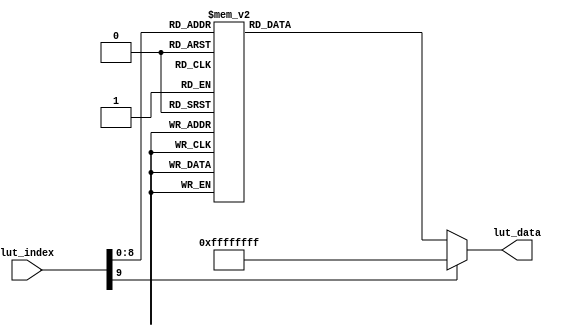


module lut_ov5640_rgb565_1024_768(
	input[9:0]             lut_index,   //Look-up table address
	output reg[31:0]       lut_data     //Device address (8bit I2C address), register address, register data
);

//ov5640
always@(*)
begin
	case(lut_index)			  
		10'd  0: lut_data <= {8'h78 , 24'h310311};// system clock from pad, bit[1]
		10'd  1: lut_data <= {8'h78 , 24'h300882};// software reset, bit[7]// delay 5ms 
		10'd  2: lut_data <= {8'h78 , 24'h300842};// software power down, bit[6]
		10'd  3: lut_data <= {8'h78 , 24'h310303};// system clock from PLL, bit[1]
		10'd  4: lut_data <= {8'h78 , 24'h3017ff};// FREX, Vsync, HREF, PCLK, D[9:6] output enable
		10'd  5: lut_data <= {8'h78 , 24'h3018ff};// D[5:0], GPIO[1:0] output enable
		10'd  6: lut_data <= {8'h78 , 24'h30341A};// MIPI 10-bit
		10'd  7: lut_data <= {8'h78 , 24'h303713};// PLL root divider, bit[4], PLL pre-divider, bit[3:0]
		10'd  8: lut_data <= {8'h78 , 24'h310801};// PCLK root divider, bit[5:4], SCLK2x root divider, bit[3:2] // SCLK root divider, bit[1:0] 
		10'd  9: lut_data <= {8'h78 , 24'h363036};
		10'd 10: lut_data <= {8'h78 , 24'h36310e};
		10'd 11: lut_data <= {8'h78 , 24'h3632e2};
		10'd 12: lut_data <= {8'h78 , 24'h363312};
		10'd 13: lut_data <= {8'h78 , 24'h3621e0};
		10'd 14: lut_data <= {8'h78 , 24'h3704a0};
		10'd 15: lut_data <= {8'h78 , 24'h37035a};
		10'd 16: lut_data <= {8'h78 , 24'h371578};
		10'd 17: lut_data <= {8'h78 , 24'h371701};
		10'd 18: lut_data <= {8'h78 , 24'h370b60};
		10'd 19: lut_data <= {8'h78 , 24'h37051a};
		10'd 20: lut_data <= {8'h78 , 24'h390502};
		10'd 21: lut_data <= {8'h78 , 24'h390610};
		10'd 22: lut_data <= {8'h78 , 24'h39010a};
		10'd 23: lut_data <= {8'h78 , 24'h373112};
		10'd 24: lut_data <= {8'h78 , 24'h360008};// VCM control
		10'd 25: lut_data <= {8'h78 , 24'h360133};// VCM control
		10'd 26: lut_data <= {8'h78 , 24'h302d60};// system control
		10'd 27: lut_data <= {8'h78 , 24'h362052};
		10'd 28: lut_data <= {8'h78 , 24'h371b20};
		10'd 29: lut_data <= {8'h78 , 24'h471c50};
		10'd 30: lut_data <= {8'h78 , 24'h3a1343};// pre-gain = 1.047x
		10'd 31: lut_data <= {8'h78 , 24'h3a1800};// gain ceiling
		10'd 32: lut_data <= {8'h78 , 24'h3a19f8};// gain ceiling = 15.5x
		10'd 33: lut_data <= {8'h78 , 24'h363513};
		10'd 34: lut_data <= {8'h78 , 24'h363603};
		10'd 35: lut_data <= {8'h78 , 24'h363440};
		10'd 36: lut_data <= {8'h78 , 24'h362201}; // 50/60Hz detection     50/60Hz 
		10'd 37: lut_data <= {8'h78 , 24'h3c0134};// Band auto, bit[7]
		10'd 38: lut_data <= {8'h78 , 24'h3c0428};// threshold low sum	 
		10'd 39: lut_data <= {8'h78 , 24'h3c0598};// threshold high sum
		10'd 40: lut_data <= {8'h78 , 24'h3c0600};// light meter 1 threshold[15:8]
		10'd 41: lut_data <= {8'h78 , 24'h3c0708};// light meter 1 threshold[7:0]
		10'd 42: lut_data <= {8'h78 , 24'h3c0800};// light meter 2 threshold[15:8]
		10'd 43: lut_data <= {8'h78 , 24'h3c091c};// light meter 2 threshold[7:0]
		10'd 44: lut_data <= {8'h78 , 24'h3c0a9c};// sample number[15:8]
		10'd 45: lut_data <= {8'h78 , 24'h3c0b40};// sample number[7:0]
		10'd 46: lut_data <= {8'h78 , 24'h381000};// Timing Hoffset[11:8]
		10'd 47: lut_data <= {8'h78 , 24'h381110};// Timing Hoffset[7:0]
		10'd 48: lut_data <= {8'h78 , 24'h381200};// Timing Voffset[10:8] 
		10'd 49: lut_data <= {8'h78 , 24'h370864};
		10'd 50: lut_data <= {8'h78 , 24'h400102};// BLC start from line 2
		10'd 51: lut_data <= {8'h78 , 24'h40051a};// BLC always update
		10'd 52: lut_data <= {8'h78 , 24'h300000};// enable blocks
		10'd 53: lut_data <= {8'h78 , 24'h3004ff};// enable clocks 
		10'd 54: lut_data <= {8'h78 , 24'h300e58};// MIPI power down, DVP enable
		10'd 55: lut_data <= {8'h78 , 24'h302e00};
		10'd 56: lut_data <= {8'h78 , 24'h430060};// RGB565
		10'd 57: lut_data <= {8'h78 , 24'h501f01};// ISP RGB 
		10'd 58: lut_data <= {8'h78 , 24'h440e00};
		10'd 59: lut_data <= {8'h78 , 24'h5000a7}; // Lenc on, raw gamma on, BPC on, WPC on, CIP on // AEC target    
		10'd 60: lut_data <= {8'h78 , 24'h3a0f30};// stable range in high
		10'd 61: lut_data <= {8'h78 , 24'h3a1028};// stable range in low
		10'd 62: lut_data <= {8'h78 , 24'h3a1b30};// stable range out high
		10'd 63: lut_data <= {8'h78 , 24'h3a1e26};// stable range out low
		10'd 64: lut_data <= {8'h78 , 24'h3a1160};// fast zone high
		10'd 65: lut_data <= {8'h78 , 24'h3a1f14};// fast zone low// Lens correction for ?   
		10'd 66: lut_data <= {8'h78 , 24'h580023};
		10'd 67: lut_data <= {8'h78 , 24'h580114};
		10'd 68: lut_data <= {8'h78 , 24'h58020f};
		10'd 69: lut_data <= {8'h78 , 24'h58030f};
		10'd 70: lut_data <= {8'h78 , 24'h580412};
		10'd 71: lut_data <= {8'h78 , 24'h580526};
		10'd 72: lut_data <= {8'h78 , 24'h58060c};
		10'd 73: lut_data <= {8'h78 , 24'h580708};
		10'd 74: lut_data <= {8'h78 , 24'h580805};
		10'd 75: lut_data <= {8'h78 , 24'h580905};
		10'd 76: lut_data <= {8'h78 , 24'h580a08};
		10'd 77: lut_data <= {8'h78 , 24'h580b0d};
		10'd 78: lut_data <= {8'h78 , 24'h580c08};
		10'd 79: lut_data <= {8'h78 , 24'h580d03};
		10'd 80: lut_data <= {8'h78 , 24'h580e00};
		10'd 81: lut_data <= {8'h78 , 24'h580f00};
		10'd 82: lut_data <= {8'h78 , 24'h581003};
		10'd 83: lut_data <= {8'h78 , 24'h581109};
		10'd 84: lut_data <= {8'h78 , 24'h581207};
		10'd 85: lut_data <= {8'h78 , 24'h581303};
		10'd 86: lut_data <= {8'h78 , 24'h581400};
		10'd 87: lut_data <= {8'h78 , 24'h581501};
		10'd 88: lut_data <= {8'h78 , 24'h581603};
		10'd 89: lut_data <= {8'h78 , 24'h581708};
		10'd 90: lut_data <= {8'h78 , 24'h58180d};
		10'd 91: lut_data <= {8'h78 , 24'h581908};
		10'd 92: lut_data <= {8'h78 , 24'h581a05};
		10'd 93: lut_data <= {8'h78 , 24'h581b06};
		10'd 94: lut_data <= {8'h78 , 24'h581c08};
		10'd 95: lut_data <= {8'h78 , 24'h581d0e};
		10'd 96: lut_data <= {8'h78 , 24'h581e29};
		10'd 97: lut_data <= {8'h78 , 24'h581f17};
		10'd 98: lut_data <= {8'h78 , 24'h582011};
		10'd 99: lut_data <= {8'h78 , 24'h582111};
		10'd100: lut_data <= {8'h78 , 24'h582215};
		10'd101: lut_data <= {8'h78 , 24'h582328};
		10'd102: lut_data <= {8'h78 , 24'h582446};
		10'd103: lut_data <= {8'h78 , 24'h582526};
		10'd104: lut_data <= {8'h78 , 24'h582608};
		10'd105: lut_data <= {8'h78 , 24'h582726};
		10'd106: lut_data <= {8'h78 , 24'h582864};
		10'd107: lut_data <= {8'h78 , 24'h582926};
		10'd108: lut_data <= {8'h78 , 24'h582a24};
		10'd109: lut_data <= {8'h78 , 24'h582b22};
		10'd110: lut_data <= {8'h78 , 24'h582c24};
		10'd111: lut_data <= {8'h78 , 24'h582d24};
		10'd112: lut_data <= {8'h78 , 24'h582e06};
		10'd113: lut_data <= {8'h78 , 24'h582f22};
		10'd114: lut_data <= {8'h78 , 24'h583040};
		10'd115: lut_data <= {8'h78 , 24'h583142};
		10'd116: lut_data <= {8'h78 , 24'h583224};
		10'd117: lut_data <= {8'h78 , 24'h583326};
		10'd118: lut_data <= {8'h78 , 24'h583424};
		10'd119: lut_data <= {8'h78 , 24'h583522};
		10'd120: lut_data <= {8'h78 , 24'h583622};
		10'd121: lut_data <= {8'h78 , 24'h583726};
		10'd122: lut_data <= {8'h78 , 24'h583844};
		10'd123: lut_data <= {8'h78 , 24'h583924};
		10'd124: lut_data <= {8'h78 , 24'h583a26};
		10'd125: lut_data <= {8'h78 , 24'h583b28};
		10'd126: lut_data <= {8'h78 , 24'h583c42};
		10'd127: lut_data <= {8'h78 , 24'h583dce};// lenc BR offset // AWB   
		10'd128: lut_data <= {8'h78 , 24'h5180ff};// AWB B block
		10'd129: lut_data <= {8'h78 , 24'h5181f2};// AWB control 
		10'd130: lut_data <= {8'h78 , 24'h518200};// [7:4] max local counter, [3:0] max fast counter
		10'd131: lut_data <= {8'h78 , 24'h518314};// AWB advanced 
		10'd132: lut_data <= {8'h78 , 24'h518425};
		10'd133: lut_data <= {8'h78 , 24'h518524};
		10'd134: lut_data <= {8'h78 , 24'h518609};
		10'd135: lut_data <= {8'h78 , 24'h518709};
		10'd136: lut_data <= {8'h78 , 24'h518809};
		10'd137: lut_data <= {8'h78 , 24'h518975};
		10'd138: lut_data <= {8'h78 , 24'h518a54};
		10'd139: lut_data <= {8'h78 , 24'h518be0};
		10'd140: lut_data <= {8'h78 , 24'h518cb2};
		10'd141: lut_data <= {8'h78 , 24'h518d42};
		10'd142: lut_data <= {8'h78 , 24'h518e3d};
		10'd143: lut_data <= {8'h78 , 24'h518f56};
		10'd144: lut_data <= {8'h78 , 24'h519046};
		10'd145: lut_data <= {8'h78 , 24'h5191f8};// AWB top limit
		10'd146: lut_data <= {8'h78 , 24'h519204};// AWB bottom limit
		10'd147: lut_data <= {8'h78 , 24'h519370};// red limit
		10'd148: lut_data <= {8'h78 , 24'h5194f0};// green limit
		10'd149: lut_data <= {8'h78 , 24'h5195f0};// blue limit
		10'd150: lut_data <= {8'h78 , 24'h519603};// AWB control
		10'd151: lut_data <= {8'h78 , 24'h519701};// local limit 
		10'd152: lut_data <= {8'h78 , 24'h519804};
		10'd153: lut_data <= {8'h78 , 24'h519912};
		10'd154: lut_data <= {8'h78 , 24'h519a04};
		10'd155: lut_data <= {8'h78 , 24'h519b00};
		10'd156: lut_data <= {8'h78 , 24'h519c06};
		10'd157: lut_data <= {8'h78 , 24'h519d82};
		10'd158: lut_data <= {8'h78 , 24'h519e38};// AWB control // Gamma    
		10'd159: lut_data <= {8'h78 , 24'h548001};// Gamma bias plus on, bit[0] 
		10'd160: lut_data <= {8'h78 , 24'h548108};
		10'd161: lut_data <= {8'h78 , 24'h548214};
		10'd162: lut_data <= {8'h78 , 24'h548328};
		10'd163: lut_data <= {8'h78 , 24'h548451};
		10'd164: lut_data <= {8'h78 , 24'h548565};
		10'd165: lut_data <= {8'h78 , 24'h548671};
		10'd166: lut_data <= {8'h78 , 24'h54877d};
		10'd167: lut_data <= {8'h78 , 24'h548887};
		10'd168: lut_data <= {8'h78 , 24'h548991};
		10'd169: lut_data <= {8'h78 , 24'h548a9a};
		10'd170: lut_data <= {8'h78 , 24'h548baa};
		10'd171: lut_data <= {8'h78 , 24'h548cb8};
		10'd172: lut_data <= {8'h78 , 24'h548dcd};
		10'd173: lut_data <= {8'h78 , 24'h548edd};
		10'd174: lut_data <= {8'h78 , 24'h548fea};
		10'd175: lut_data <= {8'h78 , 24'h54901d};// color matrix   
		10'd176: lut_data <= {8'h78 , 24'h53811e};// CMX1 for Y
		10'd177: lut_data <= {8'h78 , 24'h53825b};// CMX2 for Y
		10'd178: lut_data <= {8'h78 , 24'h538308};// CMX3 for Y
		10'd179: lut_data <= {8'h78 , 24'h53840a};// CMX4 for U
		10'd180: lut_data <= {8'h78 , 24'h53857e};// CMX5 for U
		10'd181: lut_data <= {8'h78 , 24'h538688};// CMX6 for U
		10'd182: lut_data <= {8'h78 , 24'h53877c};// CMX7 for V
		10'd183: lut_data <= {8'h78 , 24'h53886c};// CMX8 for V
		10'd184: lut_data <= {8'h78 , 24'h538910};// CMX9 for V
		10'd185: lut_data <= {8'h78 , 24'h538a01};// sign[9]
		10'd186: lut_data <= {8'h78 , 24'h538b98}; // sign[8:1] // UV adjust   UV
		10'd187: lut_data <= {8'h78 , 24'h558006};// saturation on, bit[1]
		10'd188: lut_data <= {8'h78 , 24'h558340};
		10'd189: lut_data <= {8'h78 , 24'h558410};
		10'd190: lut_data <= {8'h78 , 24'h558910};
		10'd191: lut_data <= {8'h78 , 24'h558a00};
		10'd192: lut_data <= {8'h78 , 24'h558bf8};
		10'd193: lut_data <= {8'h78 , 24'h501d40};// enable manual offset of contrast// CIP   
		10'd194: lut_data <= {8'h78 , 24'h530008};// CIP sharpen MT threshold 1
		10'd195: lut_data <= {8'h78 , 24'h530130};// CIP sharpen MT threshold 2
		10'd196: lut_data <= {8'h78 , 24'h530210};// CIP sharpen MT offset 1
		10'd197: lut_data <= {8'h78 , 24'h530300};// CIP sharpen MT offset 2
		10'd198: lut_data <= {8'h78 , 24'h530408};// CIP DNS threshold 1
		10'd199: lut_data <= {8'h78 , 24'h530530};// CIP DNS threshold 2
		10'd200: lut_data <= {8'h78 , 24'h530608};// CIP DNS offset 1
		10'd201: lut_data <= {8'h78 , 24'h530716};// CIP DNS offset 2 
		10'd202: lut_data <= {8'h78 , 24'h530908};// CIP sharpen TH threshold 1
		10'd203: lut_data <= {8'h78 , 24'h530a30};// CIP sharpen TH threshold 2
		10'd204: lut_data <= {8'h78 , 24'h530b04};// CIP sharpen TH offset 1
		10'd205: lut_data <= {8'h78 , 24'h530c06};// CIP sharpen TH offset 2
		10'd206: lut_data <= {8'h78 , 24'h502500};
		10'd207: lut_data <= {8'h78 , 24'h300802}; // wake up from standby, bit[6]
		10'd208: lut_data <= {8'h78 , 24'h303511};// PLL
		10'd209: lut_data <= {8'h78 , 24'h303669};// PLL
		10'd210: lut_data <= {8'h78 , 24'h3c0708};// light meter 1 threshold [7:0]
		10'd211: lut_data <= {8'h78 , 24'h382041};// Sensor flip off, ISP flip on
		10'd212: lut_data <= {8'h78 , 24'h382101};// Sensor mirror on, ISP mirror on, H binning on
		10'd213: lut_data <= {8'h78 , 24'h381431};// X INC 
		10'd214: lut_data <= {8'h78 , 24'h381531};// Y INC
		10'd215: lut_data <= {8'h78 , 24'h380000};// HS: X address start high byte
		10'd216: lut_data <= {8'h78 , 24'h380100};// HS: X address start low byte
		10'd217: lut_data <= {8'h78 , 24'h380200};// VS: Y address start high byte
		10'd218: lut_data <= {8'h78 , 24'h380304};// VS: Y address start high byte 
		10'd219: lut_data <= {8'h78 , 24'h38040a};// HW (HE)         
		10'd220: lut_data <= {8'h78 , 24'h38053f};// HW (HE)
		10'd221: lut_data <= {8'h78 , 24'h380607};// VH (VE)         
		10'd222: lut_data <= {8'h78 , 24'h38079b};// VH (VE)      
		10'd223: lut_data <= {8'h78 , 24'h380803};// DVPHO  
		10'd224: lut_data <= {8'h78 , 24'h380920};// DVPHO
		10'd225: lut_data <= {8'h78 , 24'h380a02};// DVPVO
		10'd226: lut_data <= {8'h78 , 24'h380b58};// DVPVO
		10'd227: lut_data <= {8'h78 , 24'h380c07};// HTS            //Total horizontal size 800
		10'd228: lut_data <= {8'h78 , 24'h380d68};// HTS
		10'd229: lut_data <= {8'h78 , 24'h380e03};// VTS            //total vertical size 500
		10'd230: lut_data <= {8'h78 , 24'h380fd8};// VTS 
		10'd231: lut_data <= {8'h78 , 24'h381306};// Timing Voffset 
		10'd232: lut_data <= {8'h78 , 24'h361800};
		10'd233: lut_data <= {8'h78 , 24'h361229};
		10'd234: lut_data <= {8'h78 , 24'h370952};
		10'd235: lut_data <= {8'h78 , 24'h370c03}; 
		10'd236: lut_data <= {8'h78 , 24'h3a0217};// 60Hz max exposure, night mode 5fps
		10'd237: lut_data <= {8'h78 , 24'h3a0310};// 60Hz max exposure // banding filters are calculated automatically in camera driver
		10'd238: lut_data <= {8'h78 , 24'h3a1417};// 50Hz max exposure, night mode 5fps
		10'd239: lut_data <= {8'h78 , 24'h3a1510};// 50Hz max exposure     
		10'd240: lut_data <= {8'h78 , 24'h400402};// BLC 2 lines 
		10'd241: lut_data <= {8'h78 , 24'h30021c};// reset JFIFO, SFIFO, JPEG
		10'd242: lut_data <= {8'h78 , 24'h3006c3};// disable clock of JPEG2x, JPEG
		10'd243: lut_data <= {8'h78 , 24'h471303};// JPEG mode 3
		10'd244: lut_data <= {8'h78 , 24'h440704};// Quantization scale 
		10'd245: lut_data <= {8'h78 , 24'h460b35};
		10'd246: lut_data <= {8'h78 , 24'h460c22};
		10'd247: lut_data <= {8'h78 , 24'h483722}; // DVP CLK divider
		10'd248: lut_data <= {8'h78 , 24'h382402}; // DVP CLK divider 
		10'd249: lut_data <= {8'h78 , 24'h5001a3}; // SDE on, scale on, UV average off, color matrix on, AWB on
		10'd250: lut_data <= {8'h78 , 24'h350300}; // AEC/AGC on 
		10'd251: lut_data <= {8'h78 , 24'h303521};// PLL     input clock =24Mhz, PCLK =84Mhz
		10'd252: lut_data <= {8'h78 , 24'h303669};// PLL
		10'd253: lut_data <= {8'h78 , 24'h3c0707}; // lightmeter 1 threshold[7:0]
		10'd254: lut_data <= {8'h78 , 24'h382047}; // flip
		10'd255: lut_data <= {8'h78 , 24'h382101}; // mirror
		10'd256: lut_data <= {8'h78 , 24'h381431}; // timing X inc
		10'd257: lut_data <= {8'h78 , 24'h381531}; // timing Y inc
		10'd258: lut_data <= {8'h78 , 24'h380000}; // HS
		10'd259: lut_data <= {8'h78 , 24'h380100}; // HS
		10'd260: lut_data <= {8'h78 , 24'h380200}; // VS
		10'd261: lut_data <= {8'h78 , 24'h380304}; // VS
		10'd262: lut_data <= {8'h78 , 24'h38040a}; // HW (HE)
		10'd263: lut_data <= {8'h78 , 24'h38053f}; // HW (HE)
		10'd264: lut_data <= {8'h78 , 24'h380607}; // VH (VE)
		10'd265: lut_data <= {8'h78 , 24'h38079f}; // VH (VE)
		10'd266: lut_data <= {8'h78 , 24'h380804}; // DVPHO     (1280)->1024
		10'd267: lut_data <= {8'h78 , 24'h380900}; // DVPHO     (1280)->1024
		10'd268: lut_data <= {8'h78 , 24'h380a03}; // DVPVO     (720)->
		10'd269: lut_data <= {8'h78 , 24'h380b00}; // DVPVO     (720)->
		10'd270: lut_data <= {8'h78 , 24'h380c07}; // HTS
		10'd271: lut_data <= {8'h78 , 24'h380d68}; // HTS
		10'd272: lut_data <= {8'h78 , 24'h380e03}; // VTS
		10'd273: lut_data <= {8'h78 , 24'h380fd8}; // VTS
		10'd274: lut_data <= {8'h78 , 24'h381304}; // timing V offset
		10'd275: lut_data <= {8'h78 , 24'h361800};
		10'd276: lut_data <= {8'h78 , 24'h361229};
		10'd277: lut_data <= {8'h78 , 24'h370952};
		10'd278: lut_data <= {8'h78 , 24'h370c03};
		10'd279: lut_data <= {8'h78 , 24'h3a0202}; // 60Hz max exposure
		10'd280: lut_data <= {8'h78 , 24'h3a03e0}; // 60Hz max exposure
		10'd281: lut_data <= {8'h78 , 24'h3a0800}; // B50 step
		10'd282: lut_data <= {8'h78 , 24'h3a096f}; // B50 step
		10'd283: lut_data <= {8'h78 , 24'h3a0a00}; // B60 step
		10'd284: lut_data <= {8'h78 , 24'h3a0b5c}; // B60 step
		10'd285: lut_data <= {8'h78 , 24'h3a0e06}; // 50Hz max band
		10'd286: lut_data <= {8'h78 , 24'h3a0d08}; // 60Hz max band
		10'd287: lut_data <= {8'h78 , 24'h3a1402}; // 50Hz max exposure
		10'd288: lut_data <= {8'h78 , 24'h3a15e0}; // 50Hz max exposure
		10'd289: lut_data <= {8'h78 , 24'h400402}; // BLC line number
		10'd290: lut_data <= {8'h78 , 24'h30021c}; // reset JFIFO, SFIFO, JPG
		10'd291: lut_data <= {8'h78 , 24'h3006c3}; // disable clock of JPEG2x, JPEG
		10'd292: lut_data <= {8'h78 , 24'h471303}; // JPEG mode 3
		10'd293: lut_data <= {8'h78 , 24'h440704}; // Quantization sacle
		10'd294: lut_data <= {8'h78 , 24'h460b37};
		10'd295: lut_data <= {8'h78 , 24'h460c20};
		10'd296: lut_data <= {8'h78 , 24'h483716}; // MIPI global timing
		10'd297: lut_data <= {8'h78 , 24'h382404}; // PCLK manual divider
		10'd298: lut_data <= {8'h78 , 24'h350300}; // AEC/AGC on 
		10'd299: lut_data <= {8'h78 , 24'h301602}; //Strobe output enable
		10'd300: lut_data <= {8'h78 , 24'h3b070a}; //FREX strobe mode1	
		10'd301: lut_data <= {8'h78 , 24'h3b0083}; //STROBE CTRL: strobe request ON, Strobe mode: LED3 
		10'd302: lut_data <= {8'h78 , 24'h3b0000}; //STROBE CTRL: strobe request OFF 
		default:lut_data <= {8'hff,16'hffff,8'hff};
	endcase
end


endmodule